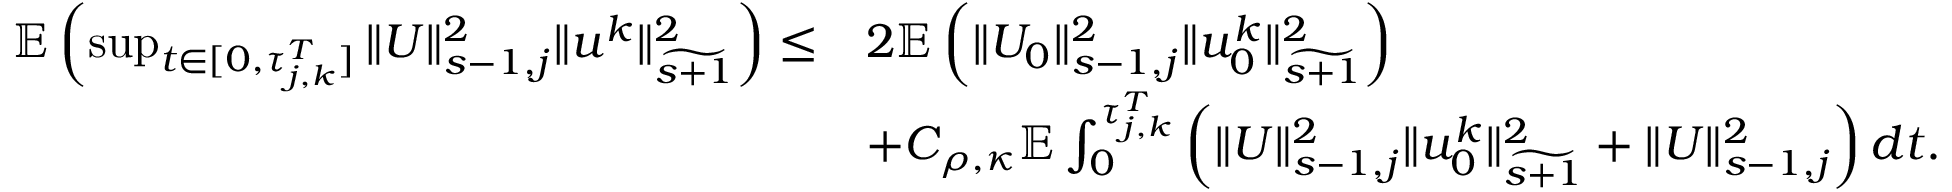
\begin{array} { r l } { \mathbb E \left( \operatorname* { s u p } _ { t \in [ 0 , \tau _ { j , k } ^ { T } ] } \| U \| _ { s - 1 , j } ^ { 2 } \| u ^ { k } \| _ { \widetilde { s + 1 } } ^ { 2 } \right) \leq } & { 2 \mathbb E \left( \| U _ { 0 } \| _ { s - 1 , j } ^ { 2 } \| u _ { 0 } ^ { k } \| _ { \widetilde { s + 1 } } ^ { 2 } \right) } \\ & { + C _ { \rho , \kappa } \mathbb E \int _ { 0 } ^ { \tau _ { j , k } ^ { T } } \left( \| U \| _ { s - 1 , j } ^ { 2 } \| u _ { 0 } ^ { k } \| _ { \widetilde { s + 1 } } ^ { 2 } + \| U \| _ { s - 1 , j } ^ { 2 } \right) d t . } \end{array}